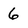
Character: 6